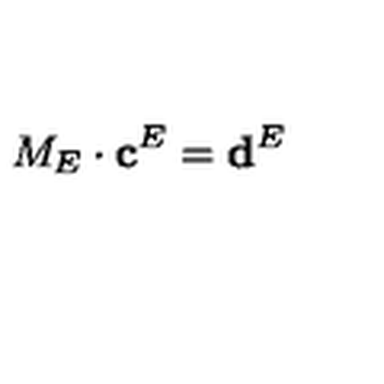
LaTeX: M _ { E } \cdot \mathbf { c } ^ { E } = \mathbf { d } ^ { E }